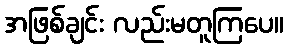
အဖြစ်ချင်း လည်းမတူကြပေ။